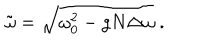
\tilde { \omega } = \sqrt { \omega _ { 0 } ^ { 2 } - g N \Delta \omega } \; .